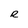
Character: R